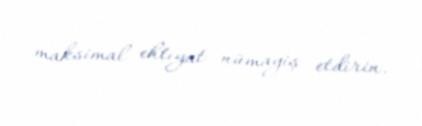
maksimal ehtiyat nümayiş etdirin.